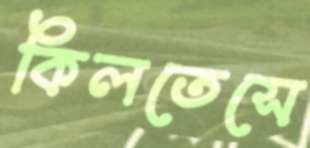
কিলতেসে